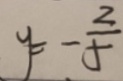
y = - \frac { 2 } { 5 }